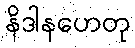
နိဒါနဟေတု